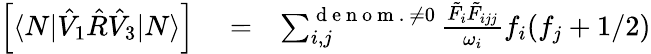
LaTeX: \begin{array}{rlr}{\left[\langle N|\hat{V}_{1}\hat{R}\hat{V}_{3}|N\rangle\right]}&{{}=}&{\sum_{i,j}^{\mathrm{~d~e~n~o~m~.~}\neq 0}\frac{\tilde{F}_{i}\tilde{F}_{ijj}}{\omega_{i}}f_{i}(f_{j}+1/2)}\end{array}